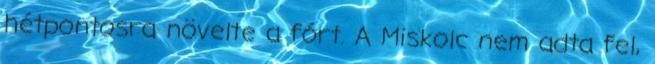
hétpontosra növelte a fórt. A Miskolc nem adta fel,